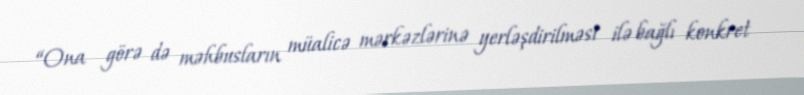
“Ona görə də məhbusların müalicə mərkəzlərinə yerləşdirilməsi ilə bağlı konkret